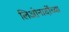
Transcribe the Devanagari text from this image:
लिओनार्दोच्या